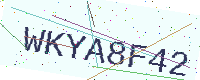
Text: WKYA8F42